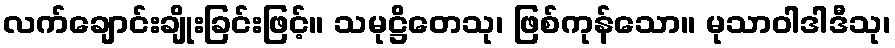
လက်ချောင်းချိုးခြင်းဖြင့်။ သမုဋ္ဌိတေသု၊ ဖြစ်ကုန်သော။ မုသာဝါဒါဒီသု၊